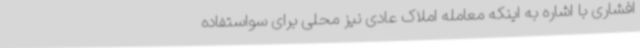
افشاری با اشاره به اینکه معامله املاک عادی نیز محلی برای سواستفاده